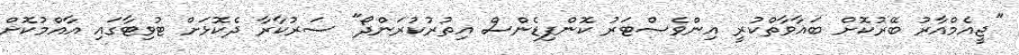
"ޖީއެމްއާރު ބޭރުކޮށް ބަޣާވާތްކުރީ އިންވެސްޓަރު ކޮންފިޑެންސް އިތުރުކުރަންދޯ" ސަރުކާރާ ދެކޮޅަށް ޓުވިޓާގައި އާއްމުކޮށް